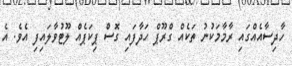
ހާދިސާއެއްގައި ރާމާމަކުނު ތަކެއް ގްރޫޕް ހަދާފައި ގޮސް ޕިކަޕެއް ލޫޓުވާލައިފި އެވެ. އެ